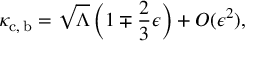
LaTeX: \kappa _ { \mathrm { c , \: b } } = \sqrt { \Lambda } \left( 1 \mp \frac { 2 } { 3 } \epsilon \right) + O ( \epsilon ^ { 2 } ) ,